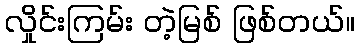
လှိုင်းကြမ်း တဲ့မြစ် ဖြစ်တယ်။